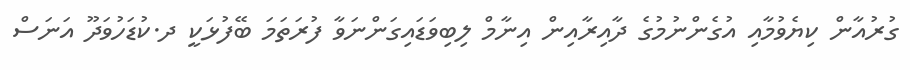
ގުރުއާން ކިޔެވުމާއި އުގެންނުމުގެ ދާއިރާއިން އިނާމް ލިބިވަޑައިގަންނަވާ ފުރަތަމަ ބޭފުޅަކީ ދ.ކުޑަހުވަދޫ އަނަސް